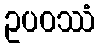
ဥပဝဿံ